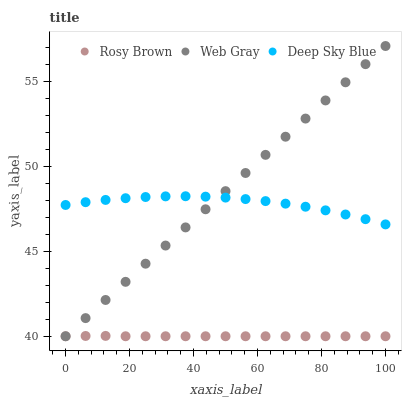
| xaxis_label | Rosy Brown | Web Gray | Deep Sky Blue |
 | --- | --- | --- | --- |
 | 0 | 40 | 40 | 47.7 |
 | 6.25 | 40 | 41.1 | 47.9 |
 | 12.5 | 40 | 42.1 | 48 |
 | 18.8 | 40 | 43.2 | 48.1 |
 | 25 | 40 | 44.3 | 48.2 |
 | 31.2 | 40 | 45.3 | 48.2 |
 | 37.5 | 40 | 46.4 | 48.3 |
 | 43.8 | 40 | 47.5 | 48.2 |
 | 50 | 40 | 48.6 | 48.2 |
 | 56.2 | 40 | 49.6 | 48.1 |
 | 62.5 | 40 | 50.7 | 48 |
 | 68.8 | 40 | 51.8 | 47.8 |
 | 75 | 40 | 52.8 | 47.6 |
 | 81.2 | 40 | 53.9 | 47.4 |
 | 87.5 | 40 | 55 | 47.2 |
 | 93.8 | 40 | 56 | 46.9 |
 | 100 | 40 | 57.1 | 46.6 |